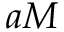
a M